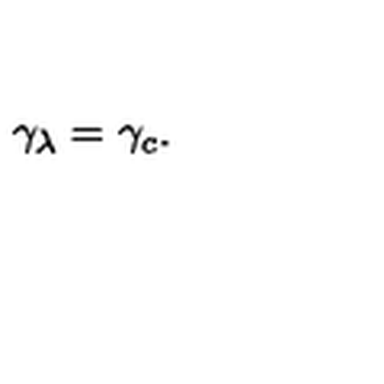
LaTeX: \gamma _ { \lambda } = \gamma _ { c } .